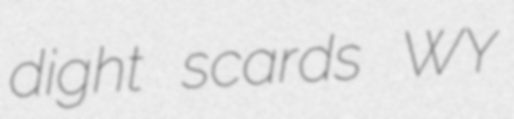
dight scards WY